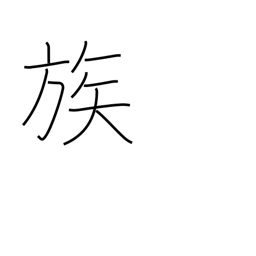
Meaning: tribe